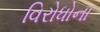
વિરોધોના